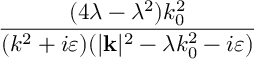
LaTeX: \frac { ( 4 \lambda - \lambda ^ { 2 } ) k _ { 0 } ^ { 2 } } { ( k ^ { 2 } + i \varepsilon ) ( | \mathbf { k } | ^ { 2 } - \lambda k _ { 0 } ^ { 2 } - i \varepsilon ) }